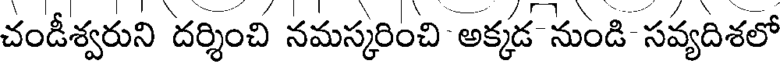
చండీశ్వరుని దర్శించి నమస్కరించి అక్కడ నుండి సవ్యదిశలో